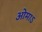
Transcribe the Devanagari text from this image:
ओमाऽ